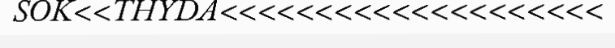
SOK<<THYDA<<<<<<<<<<<<<<<<<<<<